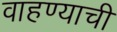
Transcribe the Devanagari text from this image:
वाहण्‍याची